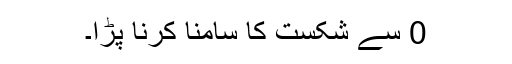
0 سے شکست کا سامنا کرنا پڑا۔